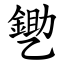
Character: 㐥